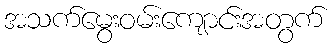
အသက်မွေးဝမ်းကျောင်းအတွက်